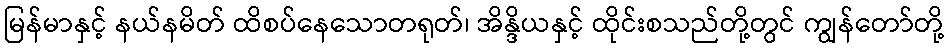
မြန်မာနှင့် နယ်နမိတ် ထိစပ်နေသောတရုတ်၊ အိန္ဒိယနှင့် ထိုင်းစသည်တို့တွင် ကျွန်တော်တို့